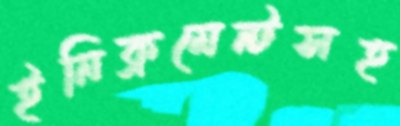
ইনিক্রমেন্টসহ